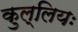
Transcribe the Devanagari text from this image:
कुल्लियः